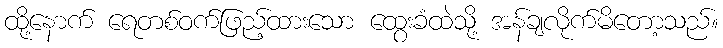
ထို့နောက် ရေတစ်ဝက်ဖြည့်ထားသော ထွေးခံထဲသို့ အန်ချလိုက်မိတော့သည်။